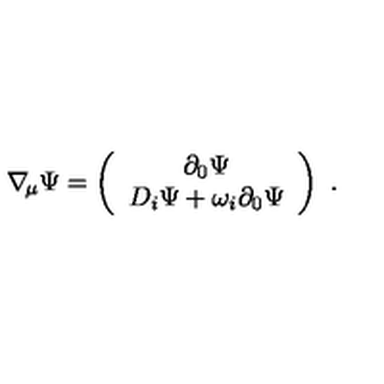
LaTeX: \nabla _ { \! \mu } \Psi = \left( \begin{array} { c } { \partial _ { 0 } \Psi } \\ { D _ { i } \Psi + \omega _ { i } \partial _ { 0 } \Psi } \\ \end{array} \right) \ .